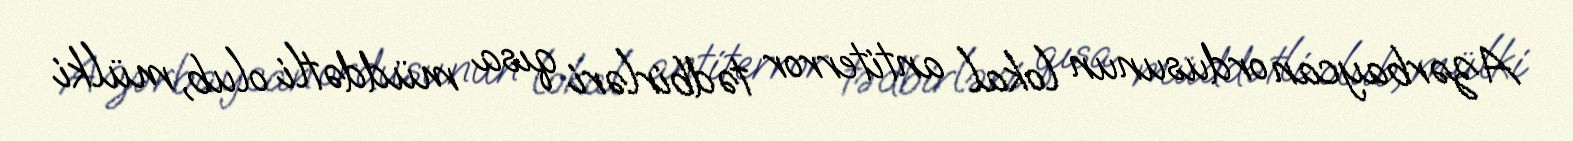
Azərbaycan ordusunun lokal antiterror tədbirləri qısa müddətli olub, mülki